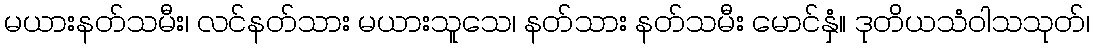
မယားနတ်သမီး၊ လင်နတ်သား မယားသူသေ၊ နတ်သား နတ်သမီး မောင်နှံ။ ဒုတိယသံဝါသသုတ်၊